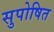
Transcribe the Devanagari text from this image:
सुपोषित